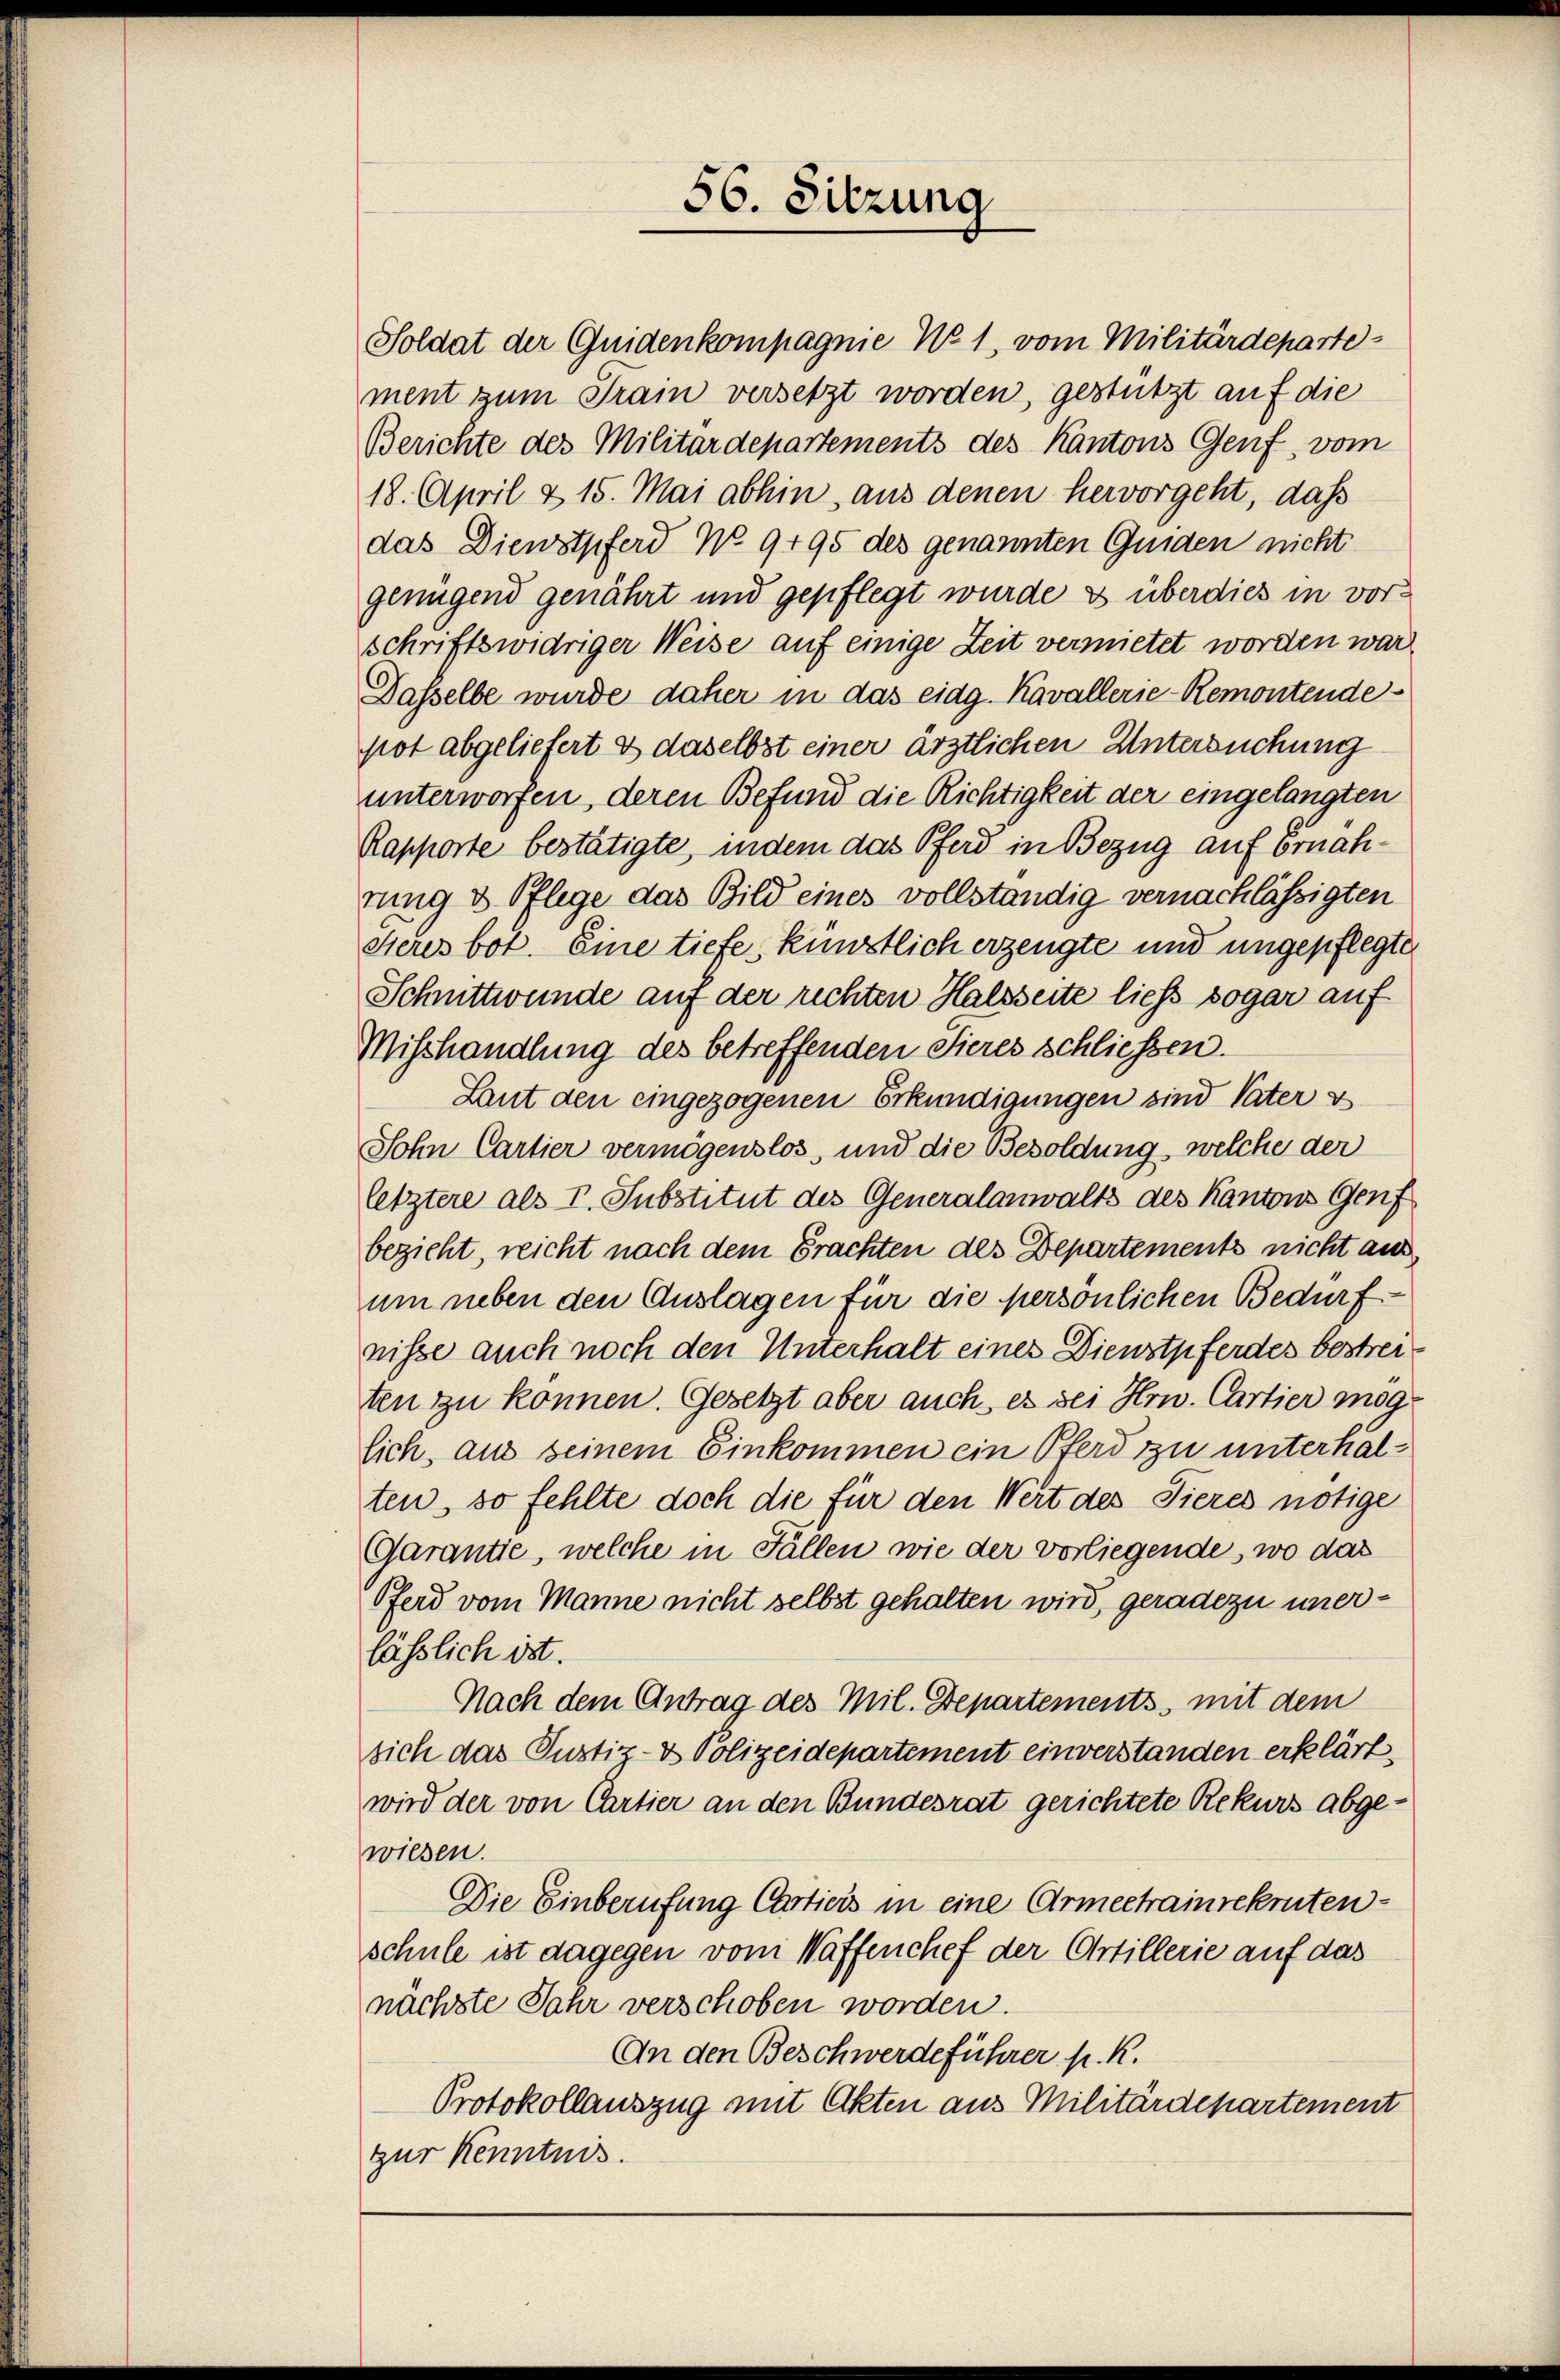
Soldat der Quidenkompagnie No 1, vom Militärdepartement zum Train versetzt worden, gestützt auf die
Berichte des Militärdepartements des Kantons Genf vom

56. Sitzung

18. April & 15. Mai abhin, aus denen hervorgeht, daß
das Dienstpferd No. 9195 des genannten Quiden nicht
genügend genährt und gepflegt wurde & überdies in vorschriftswidriger Weise auf einige Zeit vermietet worden war
Dasselbe wurde daher in das eidg. Kavallerie-Remontende
pot abgeliefert & daselbst einer ärztlichen Untersuchung
unterworfen, deren Befund die Richtigkeit der eingelangten
Rapporte bestätigte, indem das Pferd in Bezug auf Ernahrung & Pflege das Bild eines vollständig vernachlässigten
Sieres bot. Eine tiefe, künstlich erzeugte und ungepflegte
Schmittwunde auf der rechten Halsseite liess sogar auf
Misshandlung des betreffenden Sieres schliessen.
Laut den eingezogenen Erkundigungen sind Vater v
Sohn Cartier vermögenslos, und die Besoldung, welche der
letztere als V. Substitut des Generalanwalts des Kantons Genf
bezieht, reicht nach dem Erachten des Departements nicht aus
um neben den Auslagen für die persönlichen Bedürf-
nisse auch noch den Unterhalt eines Dienstpferdes bestreiten zu können. Gesetzt aber auch, es sei Hrn. Cartier möglich, aus seinem Einkommen ein Pferd zu unterhalten, so fehlte doch die für den Wert des Tieres nötige
Garantie, welche in Fällen wie der vorliegende, wo das
Pferd vom Manne nicht selbst gehalten wird, geradezu unerlässlich ist.
Nach dem Antrag des Mil. Departements, mit dem
sich das Justiz- & Polizeidepartement einverstanden erklärt,
wird der von Cartier an den Bundesrat gerichtete Rekurs abgewiesen.
Die Einberufung Cartiers in eine Armeetrainrekrutenschule ist dagegen vom Waffenchef der Ostillerie auf das
nächste Jahr verschoben worden.
An den Beschwerdeführer K. K.
Protokollauszug mit Akten aus Militärdepartement
zur Kenntnis.